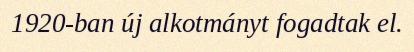
1920-ban új alkotmányt fogadtak el.